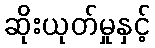
ဆိုးယုတ်မှုနှင့်